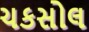
ચકસોલ